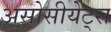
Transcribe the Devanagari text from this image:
असोसीयेट्स